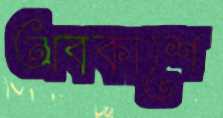
অবকাশে